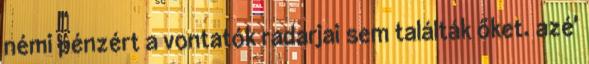
némi pénzért a vontatók radarjai sem találták őket. azé'